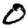
Digit: 0